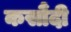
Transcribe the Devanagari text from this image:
कसौंदी